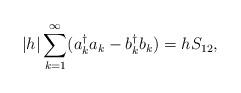
LaTeX: \begin{align*}|h|\sum_{k=1}^\infty (a_k^\dagger a_k -b_k^\dagger b_k) =h S_{12},\end{align*}